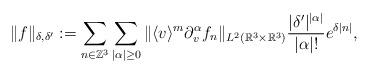
LaTeX: \begin{align*} \| f\|_{\delta, \delta'}: =\sum_{n\in \mathbb{Z}^3} \sum_{|\alpha|\ge 0} \| \langle v\rangle^m \partial_v^\alpha f_n \|_{L^2( \mathbb{R}^3\times \mathbb{R}^3)} \frac{|\delta'|^{|\alpha|} }{ |\alpha|!} e^{\delta |n| } ,\end{align*}